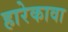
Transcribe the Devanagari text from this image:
हारेकावा